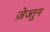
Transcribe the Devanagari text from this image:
ज़ेज्तुन